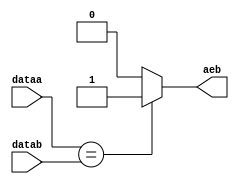
// synopsys translate_off
`timescale 1 ps / 1 ps
// synopsys translate_on
module compare_pcmem (
	dataa,
	datab,
	aeb);

	input	[31:0]  dataa;
	input	[31:0]  datab;
	output	reg  aeb;

initial begin
	aeb<=1;
end
always @ ( * ) begin
	if (dataa==datab) begin
		aeb<=1;
	end
	else
		begin
		aeb<=0;
		end
end
endmodule